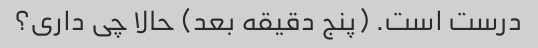
درست است. (پنج دقیقه بعد) حالا چی داری؟